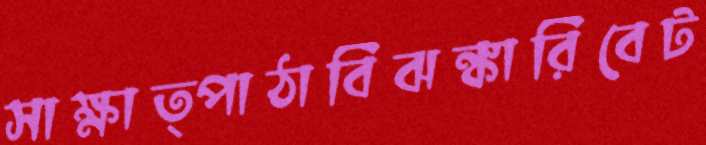
সাক্ষাত্পাঠাবিঝঙ্কারিবেট